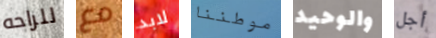
للراحه مع لابد موطننا والوحيد أجل